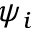
\psi _ { i }